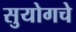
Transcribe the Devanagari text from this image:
सुयोगचे